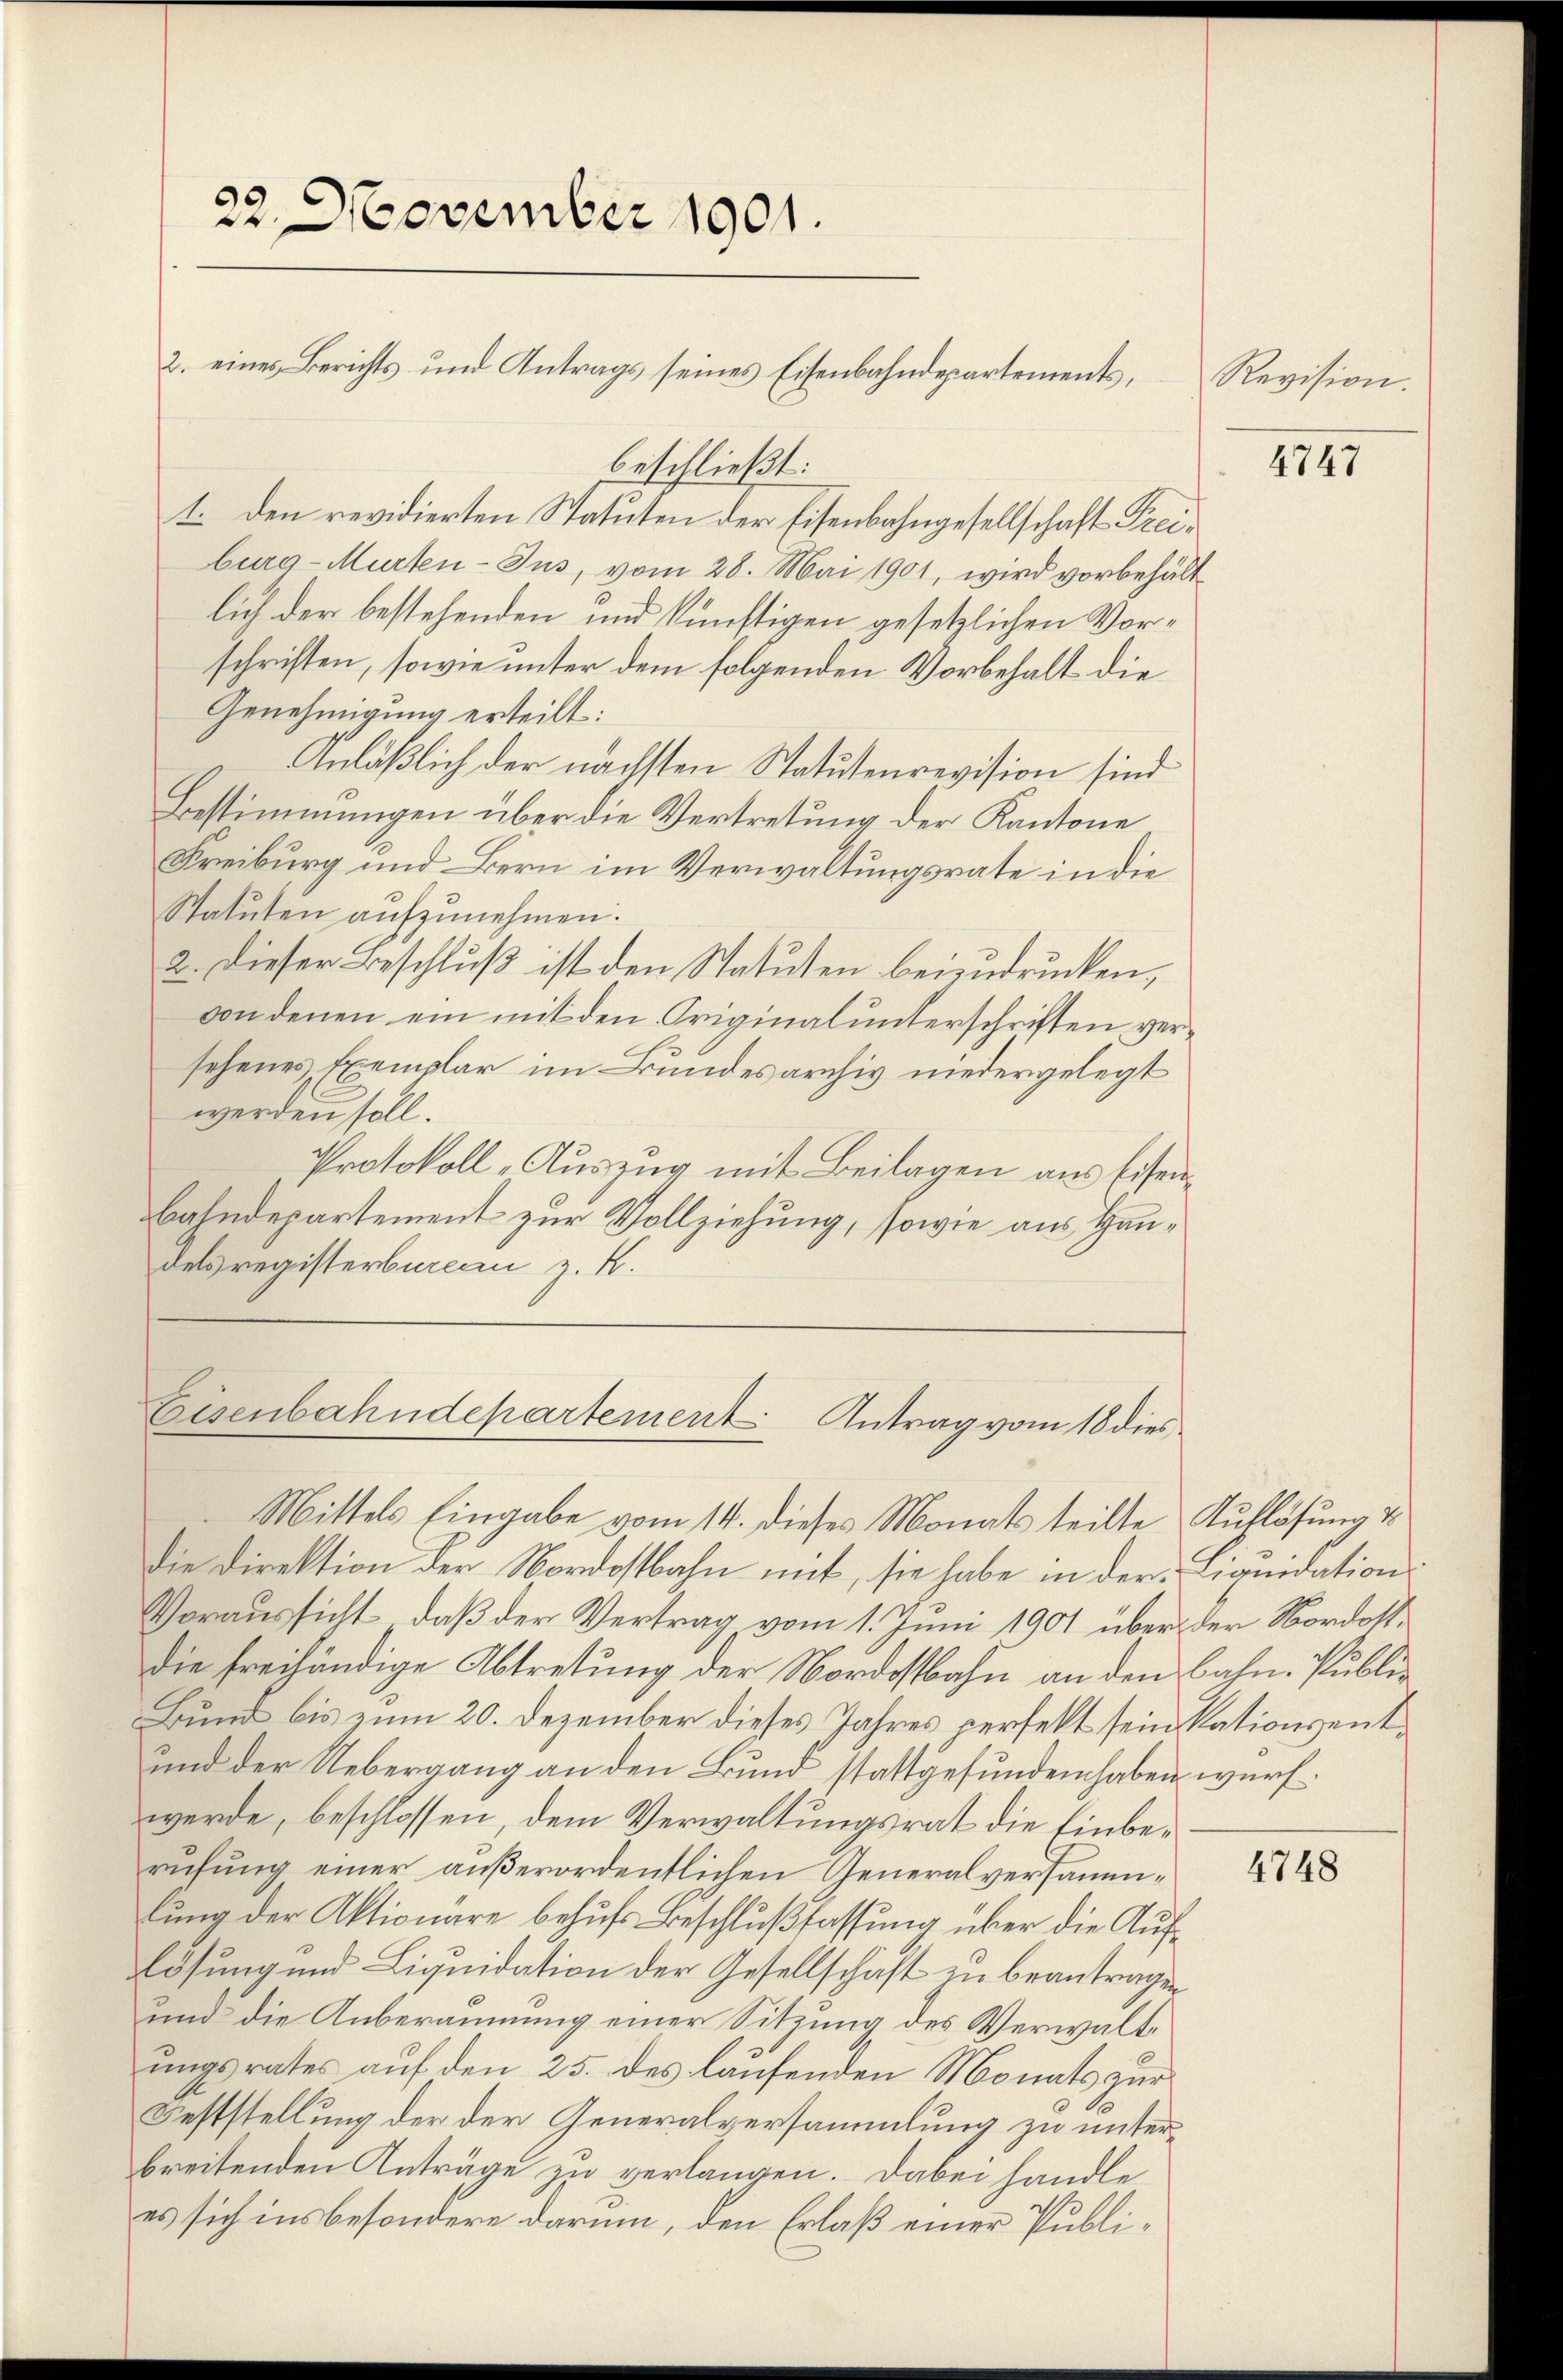
22. November 1901.
2. eines Berichts- und Antrags seines Eisenbahndepartements,

t. den revidierten Statuten der Eisenbahngesellschaft Freiburg-Murten-Jus, vom 28. Mai 1901, wird vorbehält
lich der bestehenden und künftigen gesetzlichen Vorschriften, sowie unter dem folgenden Vorbehalt die
Genehmigung erteilt:
Anläßlich der nächsten Statutenrevision sind
Bestimmungen über die Vertretung der Kantone
Freiburg und Bern im Verwaltungsrate in die
Statuten aufzunehmen.
2. Dieser Beschluß ist den Statuten beizudrucken,
von denen ein mit den Originalunterschriften versehenes Exemplar im Bundesarchiv niedergelegt
werden soll.
Protokoll -Auszug mit Beilagen aus Eisenbahndepartement zur Vollziehung, sowie aus Handelsregisterburea z. K.

beschließt:

Eisenbahndepartement Antrag vom 18 dies
Mittels Eingabe vom 14. dieses Monats teilte Auflösung v

die Direktion der Nordostbahn mit, sie habe in der Liquidation
Voraussicht, daß der Vertrag vom 1. Juni 1901 über der Nordostdie freihändige Abtretung der Nordostbahn an den Bahn. Publi¬
Bund bis zum 20. Dezember dieses Jahres perfekt sein kationsent¬
und der Uebergang an den Bund stattgefunden haben wurf.
werde, beschlossen, dem Verwaltungsrat die Einberufung einer außerordentlichen Generalversammlung der Aktionäre behufs Beschlußfassung über die Auflösung und Liquidation der Gesellschaft zu beantragen
und die Anberäumung einer Sitzung des Verwaltungsrates auf den 25. des laufenden Monats zur
Feststellung der der Generalversammlung zu unter
breitenden Anträge zu verlangen. Dabei handle
es sich insbesondere darum, den Erlaß einer Publi¬

Revision.

4747

4748